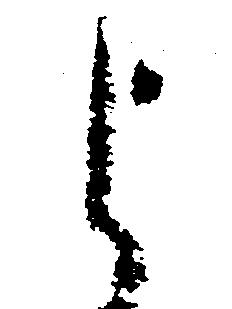
よ